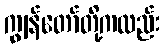
ကျွန်တော်တို့ကလည်း